DOW-UAP-D61, Mission Report, Persian Gulf, August 2020
Agency: Department of War
Incident date: 8/27/20
Incident location: Persian Gulf
Page 6
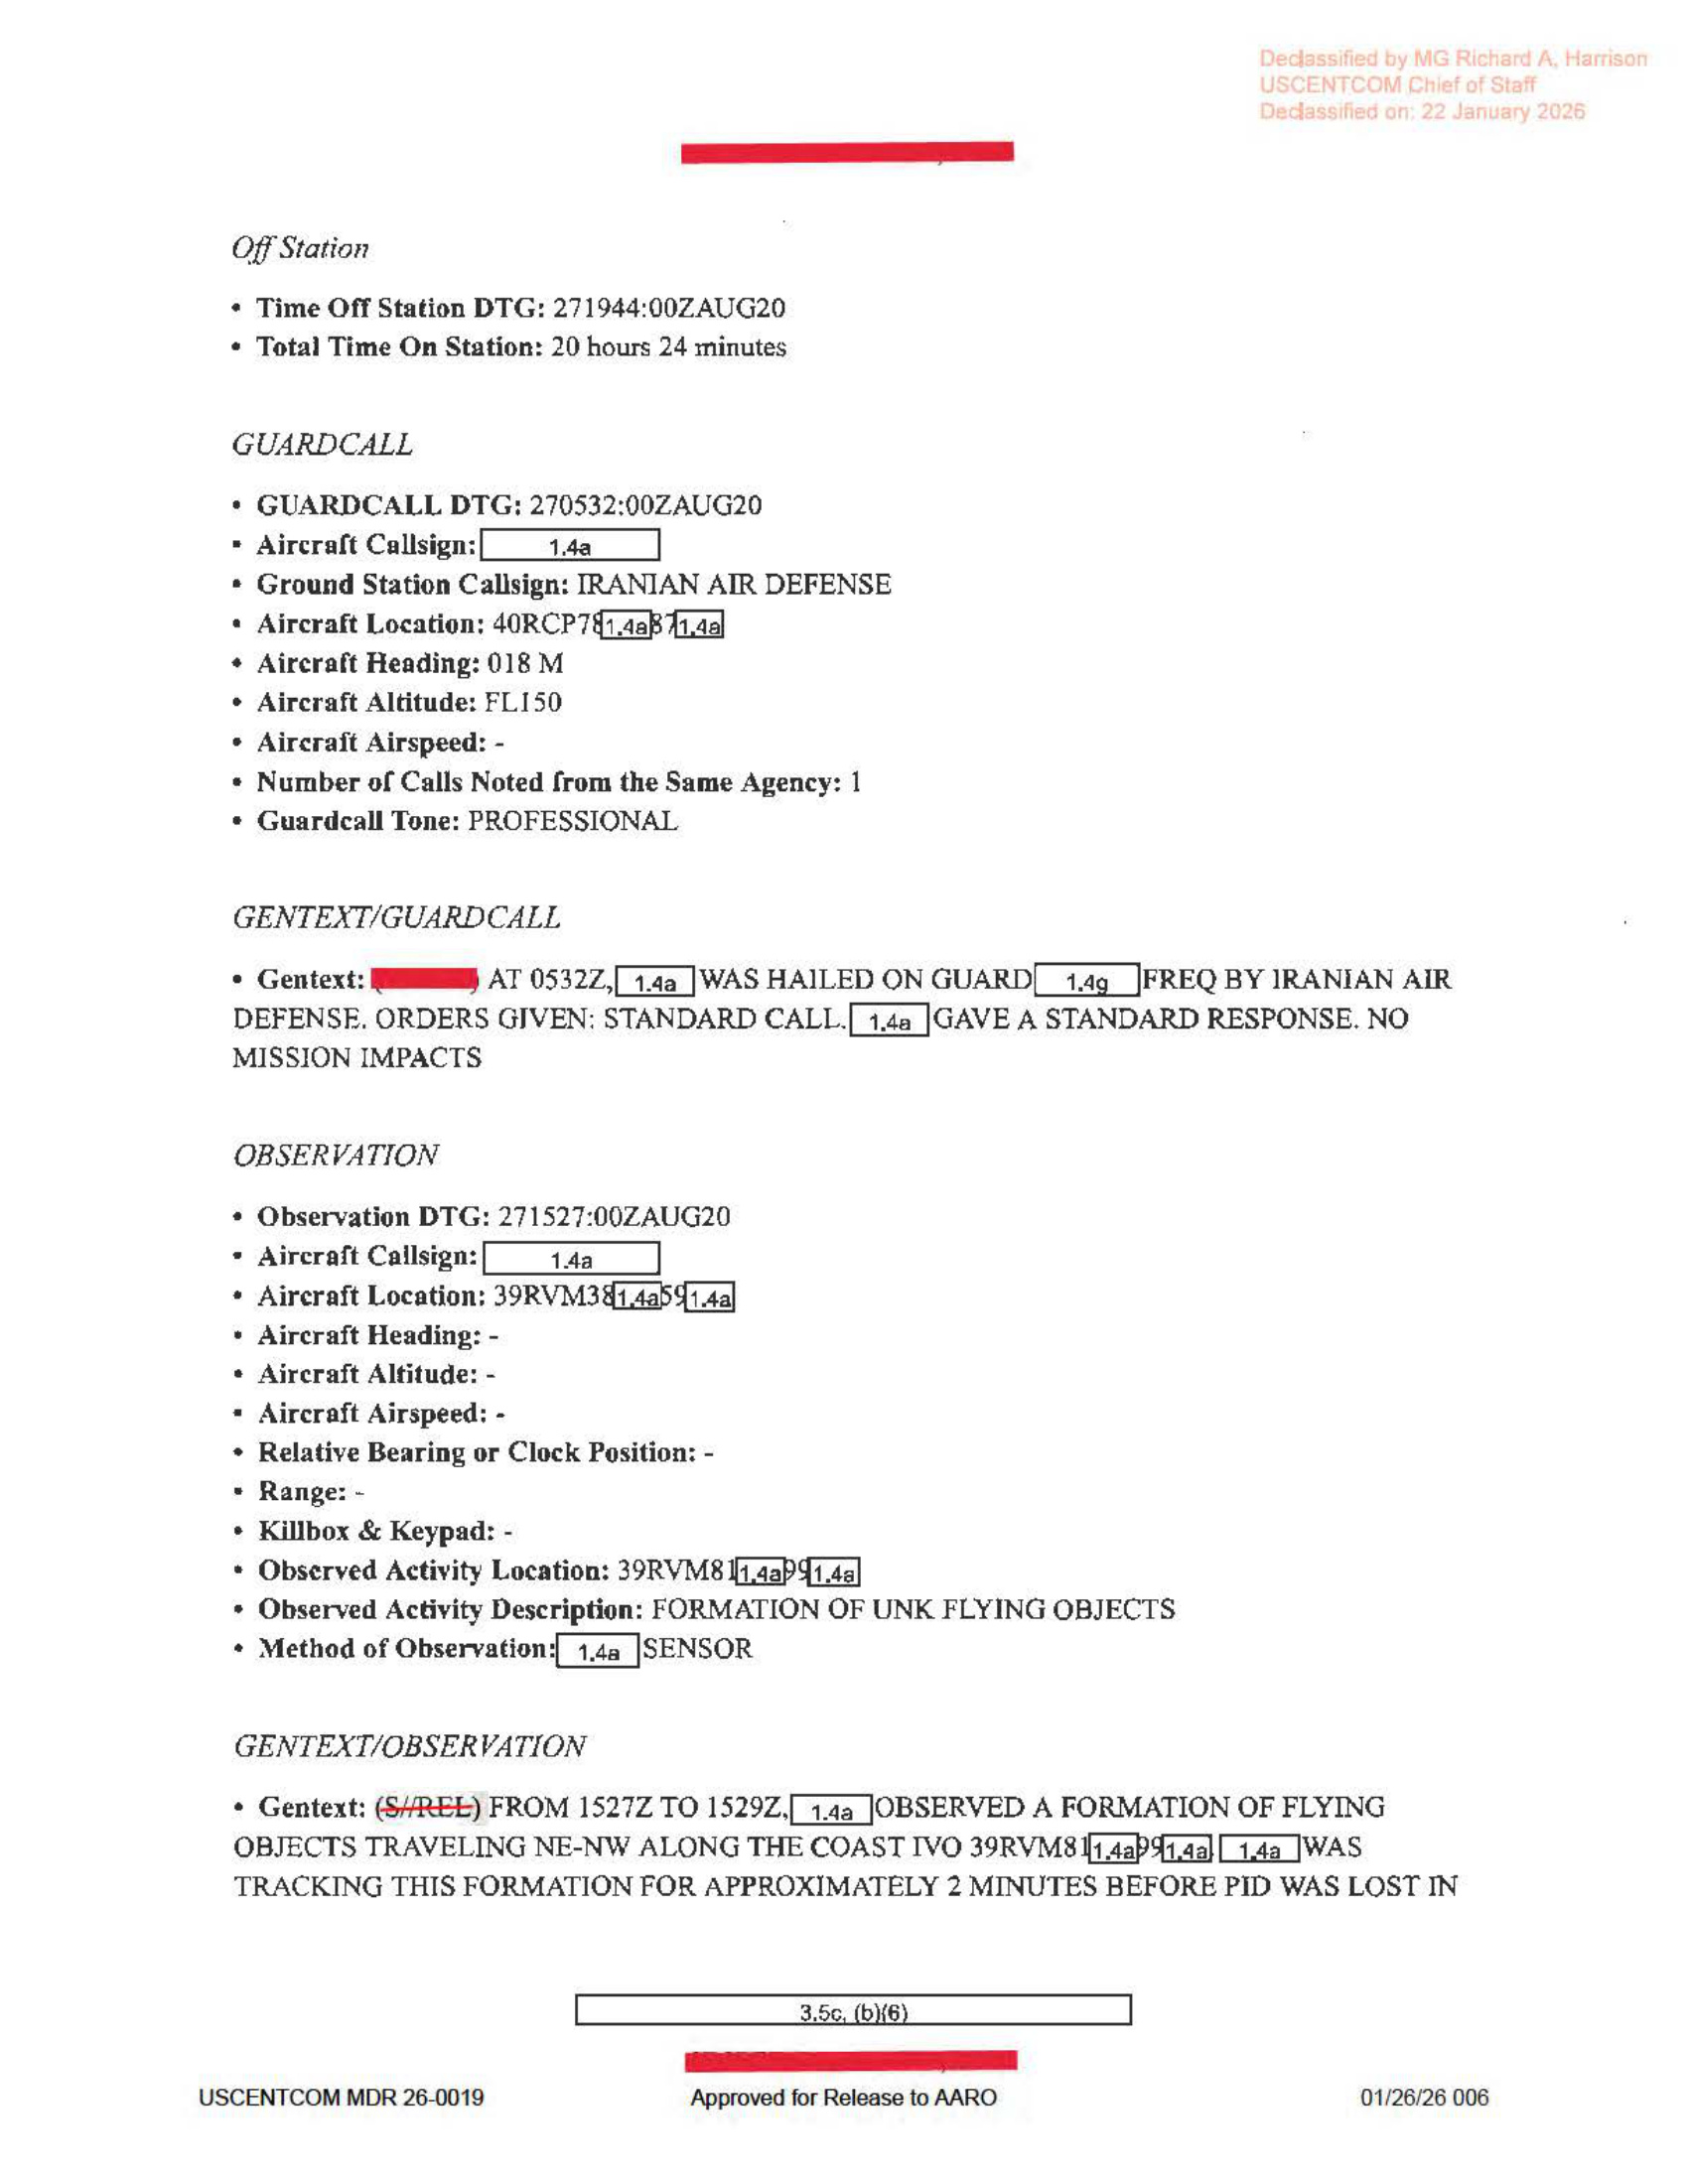